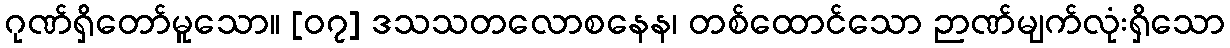
ဂုဏ်ရှိတော်မူသော။ [၀၇] ဒသသတလောစနေန၊ တစ်ထောင်သော ဉာဏ်မျက်လုံးရှိသော